Insane asylums Bombay 1873-77 - 1873-1877
Year: 1873
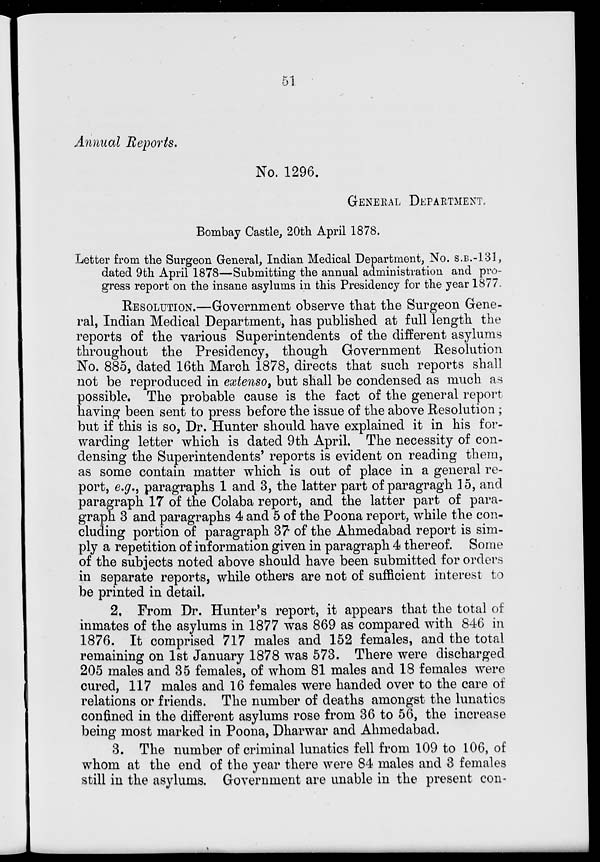
51
Annual Reports.
No. 1296.
GENERAL DEPARTMENT.
Bombay Castle, 20th April 1878.
Letter from the Surgeon General, Indian Medical Department, No. S.B.-131,
dated 9th April 1878—Submitting the annual administration and pro-
gress report on the insane asylums in this Presidency for the year 1877.
RESOLUTION.—Government observe that the Surgeon Gene-
ral, Indian Medical Department, has published at full length the
reports of the various Superintendents of the different asylums
throughout the Presidency, though Government Resolution
No. 885, dated 16th March 1878, directs that such reports shall
not be reproduced in extenso, but shall be condensed as much as
possible. The probable cause is the fact of the general report
having been sent to press before the issue of the above Resolution ;
but if this is so, Dr. Hunter should have explained it in his for-
warding letter which is dated 9th April. The necessity of con-
densing the Superintendents' reports is evident on reading them,
as some contain matter which is out of place in a general re-
port, e.g., paragraphs 1 and 3, the latter part of paragragh 15, and
paragraph 17 of the Colaba report, and the latter part of para-
graph 3 and paragraphs 4 and 5 of the Poona report, while the con¬
cluding portion of paragraph 37 of the Ahmedabad report is sim-
ply a repetition of information given in paragraph 4 thereof. Some
of the subjects noted above should have been submitted for orders
in separate reports, while others are not of sufficient interest to
be printed in detail.
2. From Dr. Hunter's report, it appears that the total of
inmates of the asylums in 1877 was 869 as compared with 846 in
1876. It comprised 717 males and 152 females, and the total
remaining on 1st January 1878 was 573. There were discharged
205 males and 35 females, of whom 81 males and 18 females were
cured, 117 males and 16 females were handed over to the care of
relations or friends. The number of deaths amongst the lunatics
confined in the different asylums rose from 36 to 56, the increase
being most marked in Poona, Dharwar and Ahmedabad.
3. The number of criminal lunatics fell from 109 to 106, of
whom at the end of the year there were 84 males and 3 females
still in the asylums. Government are unable in the present con¬